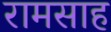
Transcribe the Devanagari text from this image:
रामसाह